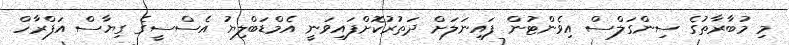
މި މުބާރާތުގެ ސިންގަލްސް އިވެންޓުން ފައިނަލަށް ދަތުރުކޮށްފައިވަނީ އެމްޑަބްލިޔު އެސްސީގެ ގިޔާސް އަފްރާހް